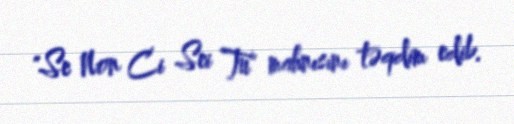
"Se Non Ci Sei Tu" mahnısını təqdim edib.